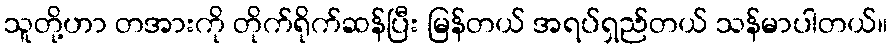
သူတို့ဟာ တအားကို တိုက်ရိုက်ဆန်ပြီး မြန်တယ် အရပ်ရှည်တယ် သန်မာပါတယ်။